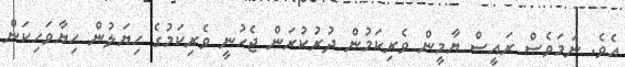
އެވެ. ނަމަވެސް ރައީސް ޔާމީން ވެރިކަމުން ދުރުކުރަން ޖެހުނީ ވެރިކަމުގެ ހިޔަލުން ހިޔާވަހިކަން